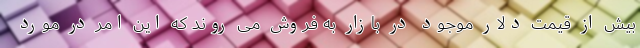
بیش از قیمت دلار موجود در بازار به فروش می روند که این امر در مورد